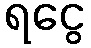
ရငွေ